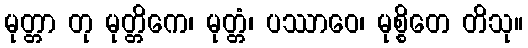
မုတ္တာ တု မုတ္တိကေ၊ မုတ္တံ၊ ပဿာဝေ၊ မုစ္စိတေ တိသု။